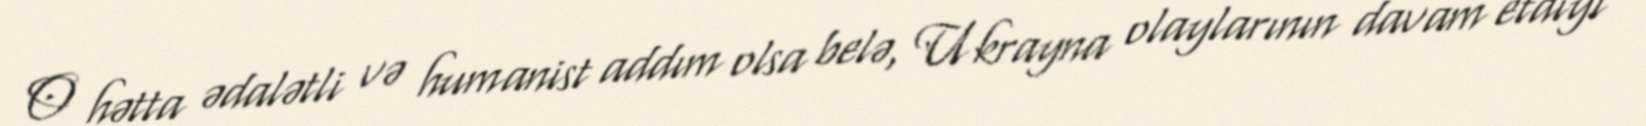
O hətta ədalətli və humanist addım olsa belə, Ukrayna olaylarının davam etdiyi